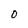
Character: O